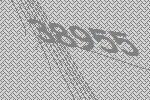
38955